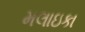
મલાઇકા